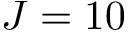
J = 1 0